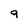
Character: 9